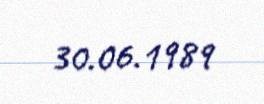
30.06.1989